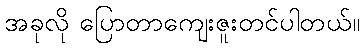
အခုလို ပြောတာကျေးဇူးတင်ပါတယ်။